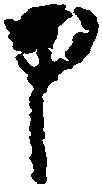
申